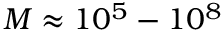
M \approx 1 0 ^ { 5 } - 1 0 ^ { 8 }